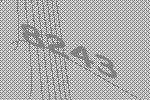
8243